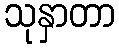
သုနှာတာ